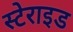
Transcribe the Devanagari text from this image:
स्टेराइड